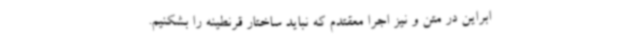
ابراین در متن و نیز اجرا معقتدم که نباید ساختار قرنطینه را بشکنیم.